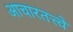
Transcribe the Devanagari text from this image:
आचारतत्त्वे